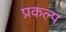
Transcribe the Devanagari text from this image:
प्रकल्‍प